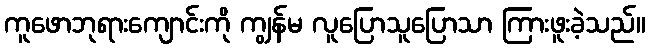
ကူဖောဘုရားကျောင်းကို ကျွန်မ လူပြောသူပြောသာ ကြားဖူးခဲ့သည်။